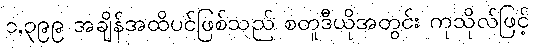
၁,၃၉၉ အချိန်အထိပင်ဖြစ်သည် စတူဒီယိုအတွင်း ကုသိုလ်ဖြင့်